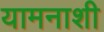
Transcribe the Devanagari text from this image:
यामनाशी